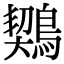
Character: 𪃈